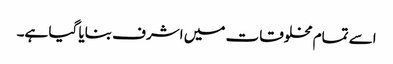
اسے تمام مخلوقات میں اشرف بنایا گیا ہے۔